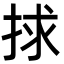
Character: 捄